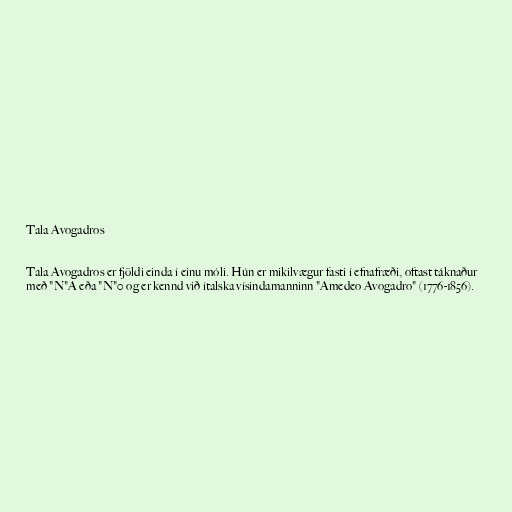
Tala Avogadros

Tala Avogadros er fjöldi einda í einu móli. Hún er mikilvægur fasti í efnafræði, oftast táknaður
með "N"A eða "N"0 og er kennd við ítalska vísindamanninn "Amedeo Avogadro" (1776-1856).